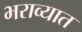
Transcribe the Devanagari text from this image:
भराव्यात